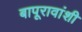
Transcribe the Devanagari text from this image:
बापूरावांशी